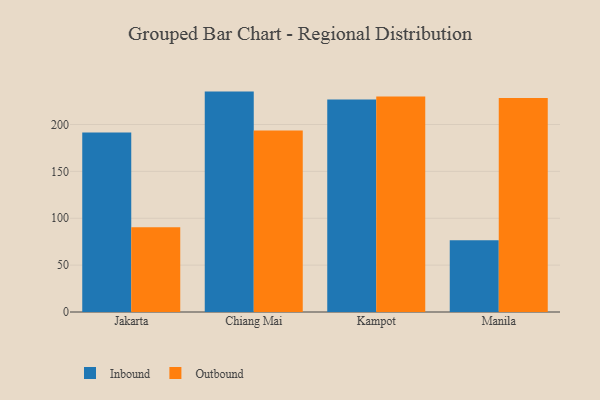
{"axis": {"x": "City", "y": "Active Users"}, "legend": ["Inbound", "Outbound"], "data": [{"x": "Jakarta", "y": 191.5, "type": "Inbound"}, {"x": "Jakarta", "y": 90.5, "type": "Outbound"}, {"x": "Chiang Mai", "y": 235.1, "type": "Inbound"}, {"x": "Chiang Mai", "y": 193.6, "type": "Outbound"}, {"x": "Kampot", "y": 226.7, "type": "Inbound"}, {"x": "Kampot", "y": 230.0, "type": "Outbound"}, {"x": "Manila", "y": 76.6, "type": "Inbound"}, {"x": "Manila", "y": 228.3, "type": "Outbound"}]}